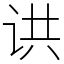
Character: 䜤